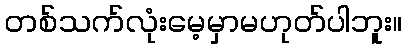
တစ်သက်လုံးမေ့မှာမဟုတ်ပါဘူး။